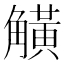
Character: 觵